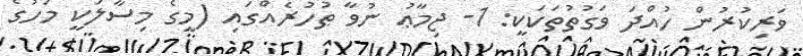
ވަރިކުރުން ހުއްދަ ވަގުތުތަކަކީ: 1- ޖިމާޢު ނުވާ ޠުހުރެއްގައި (މީގެ މިސާލަކީ މަހުގެ